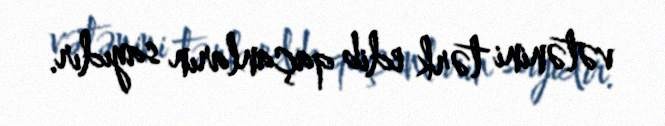
vətənini tərk edib qaçanların sayıdır.